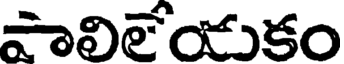
పాలిలేయుకం